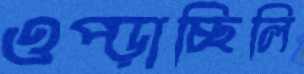
ওপ্‌ড়াচ্ছিলি